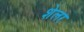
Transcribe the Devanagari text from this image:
शेलर